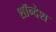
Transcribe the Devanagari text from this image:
शॉन्देश